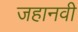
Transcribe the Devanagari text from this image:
जहानवी